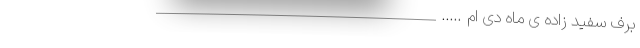
برف سفید زاده ی ماه دی ام ….. ________________________________________